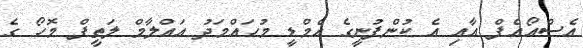
އެސްއޯއެފް އާއި އެ ކުންފުނީގެ އެމްޑީ މުހައްމަދު އައްލާމް ލަތީފް މޮހޯ ގެ